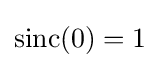
\operatorname {sinc} (0)=1